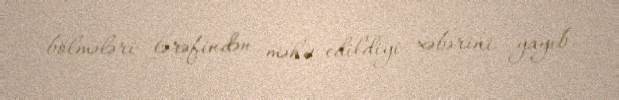
bölmələri tərəfindən məhv edildiyi xəbərini yayıb.